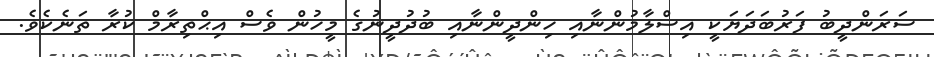
ސަރަންދީބު ފަރުބަދަޔަކީ އިސްލާމުންނާއި ހިންދީންނާއި ބުދުދީނުގެ މީހުން ވެސް އިޙްތިރާމް ކުރާ ތަނެކެވެ.